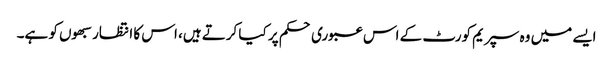
ایسے میں وہ سپریم کورٹ کے اس عبوری حکم پر کیا کرتے ہیں، اس کا انتظار سبھوں کو ہے۔